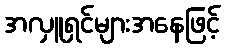
အလှူရှင်များအနေဖြင့်